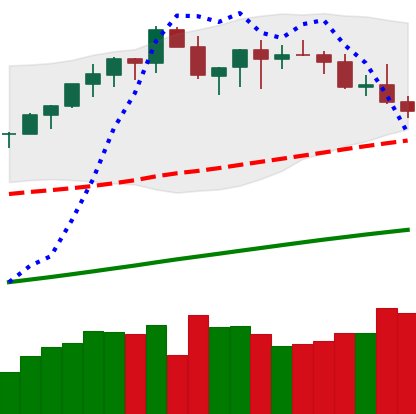
Ticker: BTC-USD
Chart end date: 2021-03-25
Forward return: 13.951%
Label: up_7plus